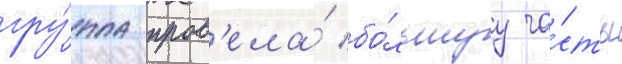
гру́ппа пров'ела́ бо́льшуу ча́сть